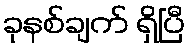
ခုနစ်ချက် ရှိပြီ